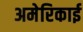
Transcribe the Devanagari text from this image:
अमेरिकाई